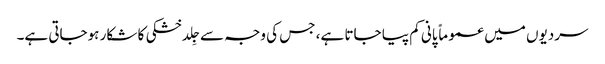
سردیوں میں عموماً پانی کم پیا جاتا ہے، جس کی وجہ سے جِلد خشکی کا شکار ہوجاتی ہے۔